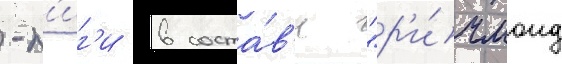
-л'иг'и в соста́в'е "р'и́чмонд